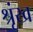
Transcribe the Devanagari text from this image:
श्रृंख